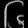
Digit: ၆